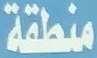
منطقة